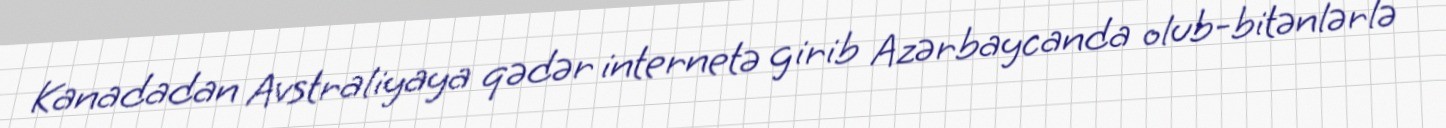
Kanadadan Avstraliyaya qədər internetə girib Azərbaycanda olub-bitənlərlə